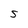
Character: S